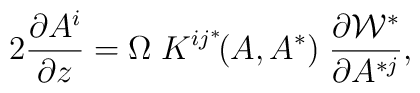
2 {\partial A^i \over \partial z} = \Omega \; K^{i j^*} \! (A, A^*) \; \frac{\partial {\cal W}^*}{ \partial A^{*j}},